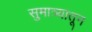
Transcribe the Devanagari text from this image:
सुमात्र्यातून